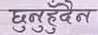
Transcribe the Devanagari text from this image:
छुनुहुदैन